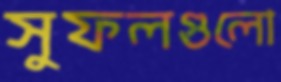
সুফলগুলো